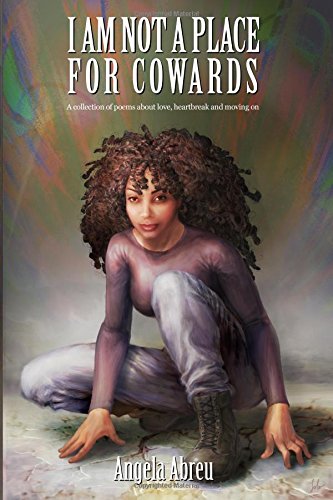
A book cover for I Am Not a Place For Cowards; Angela Abreu; Literature & Fiction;